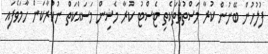
ފުލުހުން ބޭނުން ކުރާ މަސްތުވާތަކެތި ޓެސްޓު ކުރާ މެޝިން މަސައްކަތް ނުކުރާކަން ހާމަވެފައި